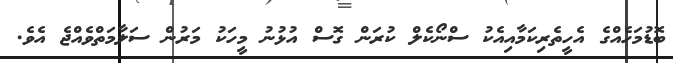
ބޮޑުމަހެއްގެ އެހީތެރިކަމާއިއެކު ސްނޯކެލް ކުރަން ގޮސް އުޅުނު މީހަކު މަރުން ސަލާމަތްވެއްޖެ އެވެ.